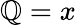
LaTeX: \mathbb{Q}=x